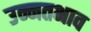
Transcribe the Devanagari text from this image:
उन्नतभाव